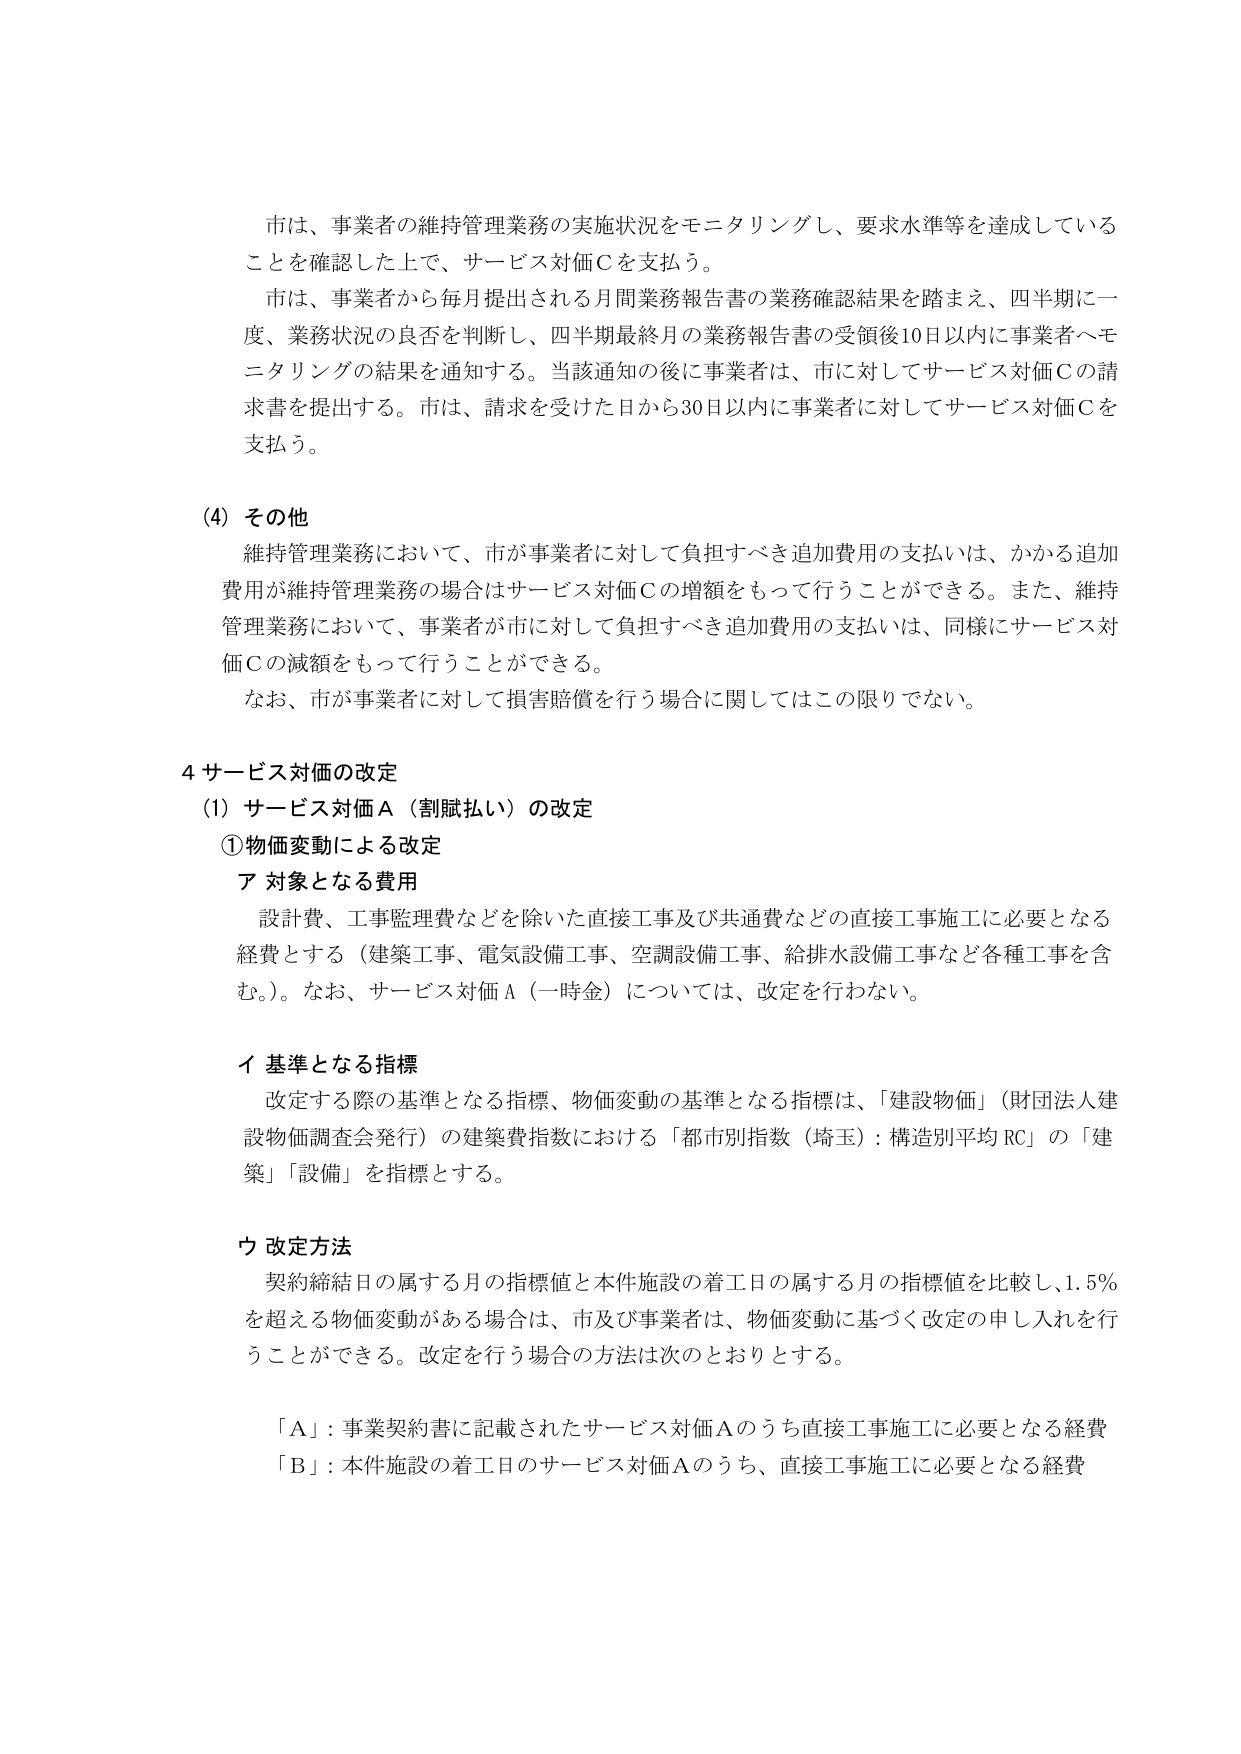
市は、事業者の維持管理業務の実施状況をモニタリングし、要求水準等を達成していることを確認した上で、サービス対価Ｃを支払う。

市は、事業者から毎月提出される月間業務報告書の業務確認結果を踏まえ、四半期に一度、業務状況の良否を判断し、四半期最終月の業務報告書の受領後10日以内に事業者へモニタリングの結果を通知する。当該通知の後に事業者は、市に対してサービス対価Ｃの請求書を提出する。市は、請求を受けた日から30日以内に事業者に対してサービス対価Ｃを支払う。

(4) その他
維持管理業務において、市が事業者に対して負担すべき追加費用の支払いは、かかる追加費用が維持管理業務の場合はサービス対価Ｃの増額をもって行うことができる。また、維持管理業務において、事業者が市に対して負担すべき追加費用の支払いは、同様にサービス対価Ｃの減額をもって行うことができる。
なお、市が事業者に対して損害賠償を行う場合に関してはこの限りでない。

4 サービス対価の改定
(1) サービス対価Ａ（割賦払い）の改定
① 物価変動による改定
ア 対象となる費用
設計費、工事監理費などを除いた直接工事及び共通費などの直接工事施工に必要となる経費とする（建築工事、電気設備工事、空調設備工事、給排水設備工事など各種工事を含む。）。なお、サービス対価Ａ（一時金）については、改定を行わない。

イ 基準となる指標
改定する際の基準となる指標、物価変動の基準となる指標は、「建設物価」（財団法人建設物価調査会発行）の建築費指数における「都市別指数（埼玉）：構造別平均 RC」の「建築」「設備」を指標とする。

ウ 改定方法
契約締結日の属する月の指標値と本件施設の着工日の属する月の指標値を比較し、1.5％を超える物価変動がある場合は、市及び事業者は、物価変動に基づく改定の申し入れを行うことができる。改定を行う場合の方法は次のとおりとする。

「Ａ」：事業契約書に記載されたサービス対価Ａのうち直接工事施工に必要となる経費
「Ｂ」：本件施設の着工日のサービス対価Ａのうち、直接工事施工に必要となる経費